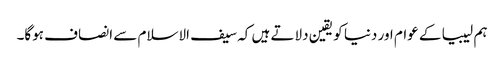
ہم لیبیا کے عوام اور دنیا کو یقین دلاتے ہیں کہ سیف الاسلام سے انصاف ہوگا۔